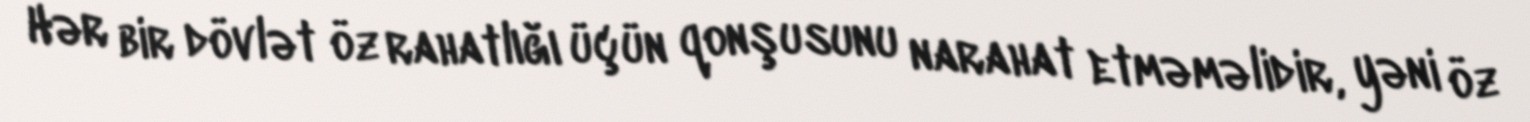
Hər bir dövlət öz rahatlığı üçün qonşusunu narahat etməməlidir, yəni öz